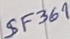
Text: SF369